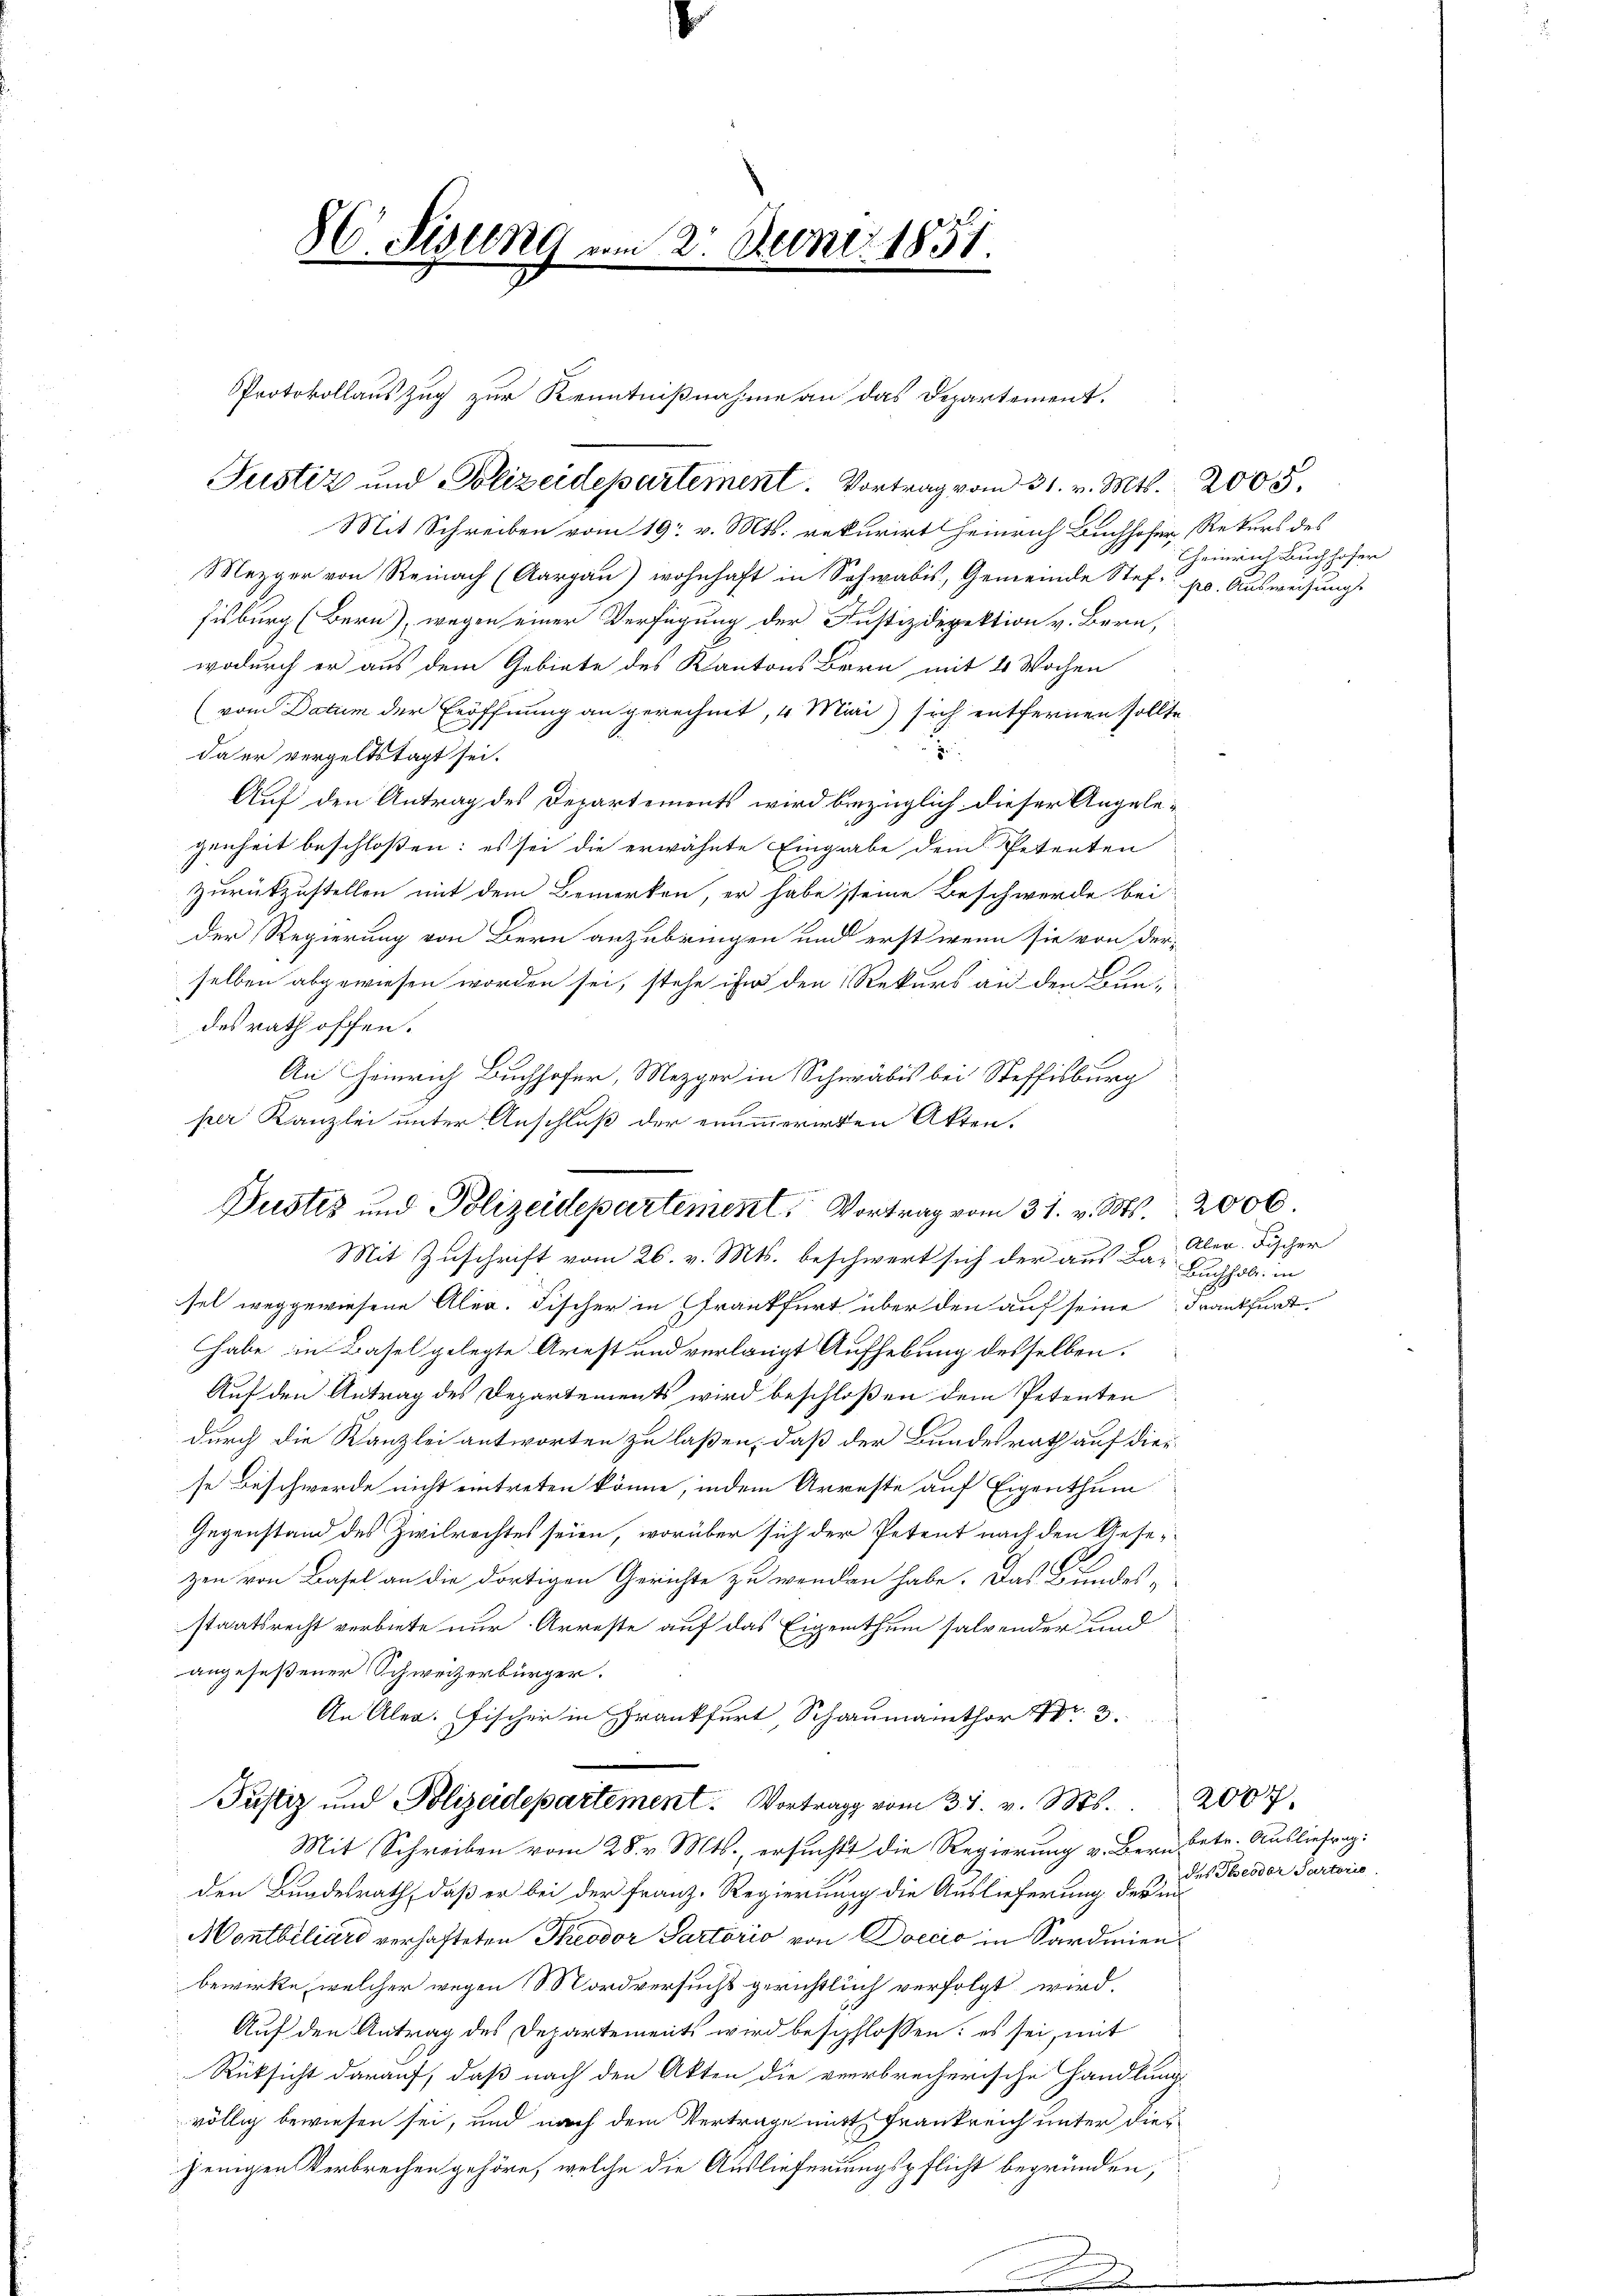
Mit Schreiben vom 19. v. Mts. rekurirt Heinrich Buchhofer Rekurs des
Mezger von Reinach (Aargau) wohnhaft in Schwabis, Gemeinde Stefpo. Ausweisungs
fisburg (Bern), wegen einer Verfügung der Justizdepektion v. Bern,
wodurch er aus dem Gebiete des Kantons Bern mit 4 Wochen
(vom Datum der Eröffnung an gerechnet, 4 Mai sich entfernen sollte,
.
da er vergeltstagt sei.
Auf den Antrag des Departements wird bezüglich dieser Angelegenheit beschloßen: es sei die erwähnte Eingabe dem Petenten
zurückzustellen mit dem Bemerken, er habe seine Beschwerde bei
der Regierung von Bern anzubringen und erst wenn sie von der-
selben abgewiesen worden sei, stehe ihn den Rekurs an den Bundes rath offen.
An Heinrich Buchhofer, Mezger in Schwäbis bei Steffisburg
per Kanzlei unter Anschluß der enumerirten Akten.
Mit Zuschrift vom 26. v. Mts. beschwert sich der aus Ba- Buchhob, in
sel weggewiesene Alex. Fischer in Frankfurt über den auf seine Frankfurt.
habe in Basel gelegte Arest und verlangt Aufhebung desselben.
Auf den Antrag des Departements wird beschloßen dem Petenten
durch die Kanzlei antworten zu laßen, daß der Bundesrath auf dies
se Beschwerde nicht eintreten könne, indem Arreste auf Eigenthum
Gegenstand des Zivilrechtes seien, worüber sich der Petent nach den Gesezen von Basel an die dortigen Gerichte zu wenden habe. Das Bundes-
staatsrecht verbiete nur Arreste auf das Eigenthum salvender und
angeseßener Schweizerbürger.
An Aler. Fischer in Frankfurt Schaumainthor Nr. 3.
Pustiz und Polizeidepartement. Vortrag vom 31. v. Ms.
Mit Schreiben vom 28. v. Mts. ersuchtt die Regierung v. Bern betr. Ausliefrag:
den Bundesrath, daß er bei der Franz-Regierung die Auslieferung der in
Montbiliars verhafteten Theodor Partorio von Doccić in Sardien
bewirke, welcher wegen Nordversuchs gerichtlich verfolgt wird.
Auf den Antrag des Departements wird beschlossen: es sei, mit
Rüksicht darauf, daß nach den Akten die verbrecherische Handlung
völlig bewiesen sei, und nach dem Vertrage mit Frankreich unter diejenigen Verbrechen gehöre, welche die Auslieferungspflicht begründen,

8C. Sisung am 2. Deoni 1851.

Justiz und Polizeidepartement. Vortrag vom 31. v. Mts. 2005.

Pustes und Polizeidepartement, Vortrag vom 31. v. Ms. 2000

Protokollauszug zur Kenntnißnahme an das Departement.

Heinrich Buchhofer

Aler. Fischer

2007
des Theodor Partoris